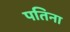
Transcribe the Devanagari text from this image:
पतिना